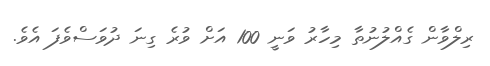
ރިލްވާން ގެއްލުނުތާ މިހާރު ވަނީ 100 އަށް ވުރެ ގިނަ ދުވަސްވެފަ އެވެ.